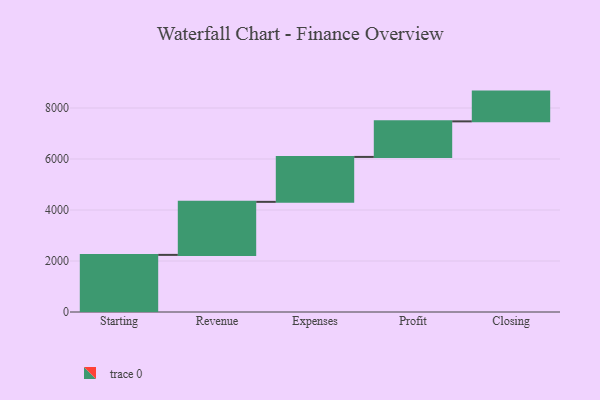
{"axis": {"x": "Step", "y": "Value"}, "legend": [""], "data": [{"x": "Starting", "y": 2240.0, "type": ""}, {"x": "Revenue", "y": 2080.0, "type": ""}, {"x": "Expenses", "y": 1762.0, "type": ""}, {"x": "Profit", "y": 1395.0, "type": ""}, {"x": "Closing", "y": 1167.0, "type": ""}]}